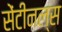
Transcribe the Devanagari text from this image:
सेंटीनल्स